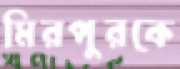
মিরপুরকে